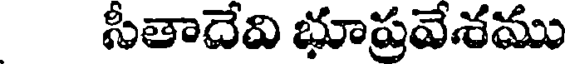
సీతాదేవి భూప్రవేశము